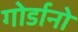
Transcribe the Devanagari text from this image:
गोर्डानो